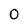
Character: 0